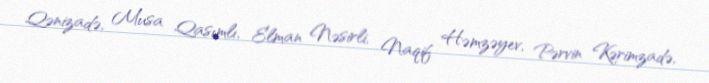
Qənizadə, Musa Qasımlı, Elman Nəsirli, Naqif Həmzəyev, Pərvin Kərimzadə,